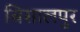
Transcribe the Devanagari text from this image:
बिसालपुर